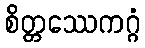
စိတ္တဿေကဂ္ဂံ